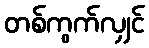
တစ်ကွက်လျှင်